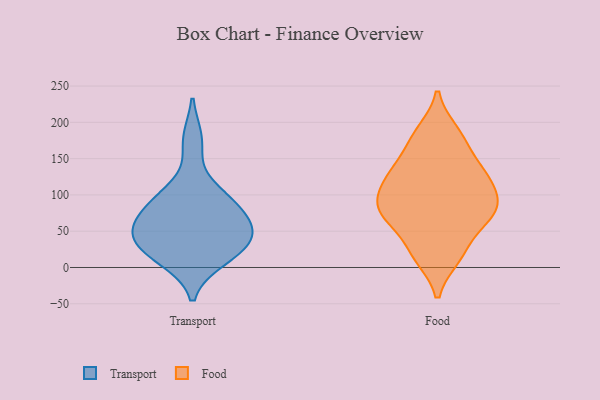
{"axis": {"x": "Waste Production (Tons)", "y": "Value"}, "legend": ["Food", "Transport"], "data": [{"x": "", "y": 29, "type": "Transport"}, {"x": "", "y": 39, "type": "Transport"}, {"x": "", "y": 101, "type": "Transport"}, {"x": "", "y": 52, "type": "Transport"}, {"x": "", "y": 55, "type": "Transport"}, {"x": "", "y": 19, "type": "Transport"}, {"x": "", "y": 12, "type": "Transport"}, {"x": "", "y": 59, "type": "Transport"}, {"x": "", "y": 93, "type": "Transport"}, {"x": "", "y": 175, "type": "Transport"}, {"x": "", "y": 83, "type": "Transport"}, {"x": "", "y": 77, "type": "Food"}, {"x": "", "y": 128, "type": "Food"}, {"x": "", "y": 171, "type": "Food"}, {"x": "", "y": 186, "type": "Food"}, {"x": "", "y": 85, "type": "Food"}, {"x": "", "y": 124, "type": "Food"}, {"x": "", "y": 99, "type": "Food"}, {"x": "", "y": 69, "type": "Food"}, {"x": "", "y": 72, "type": "Food"}, {"x": "", "y": 131, "type": "Food"}, {"x": "", "y": 24, "type": "Food"}, {"x": "", "y": 15, "type": "Food"}]}